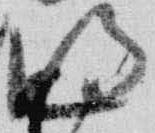
明